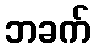
ဘခက်